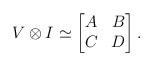
LaTeX: \begin{align*}V \otimes I \simeq \begin{bmatrix} A & B \\ C & D \end{bmatrix}. \end{align*}